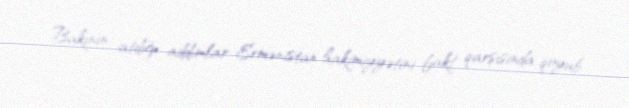
Bakının atdığı addımlar Ermənistan hakimiyyətini fakt qarşısında qoyub.